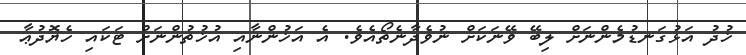
ޚުދު އަޅުގަނޑުމެންނަށް ލިބޭ ވޭނަކަށް ނުވެދާނެތޯއެވެ. އެ އަޚުންނާއި އުޚުތުންނަށް ޓަކައި ހެޔޮދުޢާ